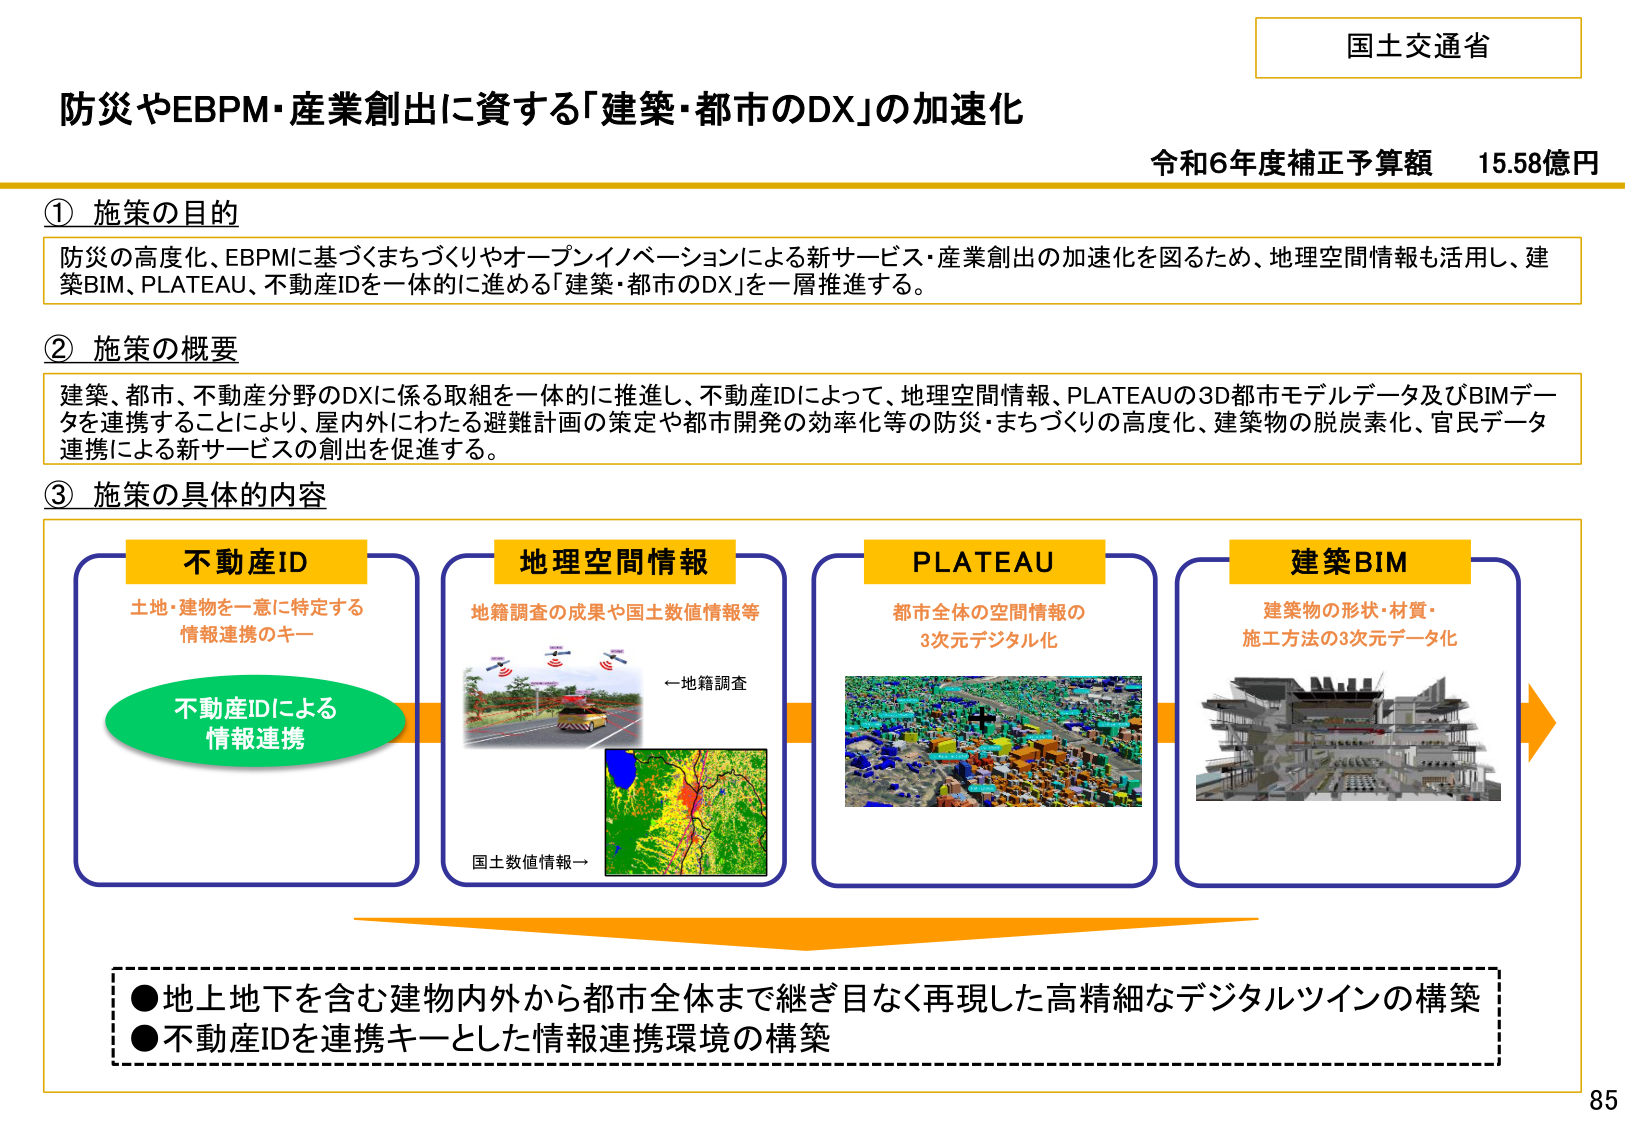
国土交通省
防災やEBPM・産業創出に資する「建築・都市のDX」の加速化
令和6年度補正予算額 15.58億円

① 施策の目的
防災の高度化、EBPMに基づくまちづくりやオープンイノベーションによる新サービス・産業創出の加速化を図るため、地理空間情報も活用し、建築BIM、PLATEAU、不動産IDを一体的に進める「建築・都市のDX」を一層推進する。

② 施策の概要
建築、都市、不動産分野のDXに係る取組を一体的に推進し、不動産IDによって、地理空間情報、PLATEAUの3D都市モデルデータ及びBIMデータを連携することにより、屋内外にわたる避難計画の策定や都市開発の効率化等の防災・まちづくりの高度化、建築物の脱炭素化、官民データ連携による新サービスの創出を促進する。

③ 施策の具体的内容

不動産ID
土地・建物を一意に特定する
情報連携のキー
不動産IDによる
情報連携

地理空間情報
地籍調査の成果や国土数値情報等
←地籍調査
国土数値情報→

PLATEAU
都市全体の空間情報の
3次元デジタル化

建築BIM
建築物の形状・材質・
施工方法の3次元データ化

●地上地下を含む建物内外から都市全体まで継ぎ目なく再現した高精細なデジタルツインの構築
●不動産IDを連携キーとした情報連携環境の構築

85